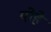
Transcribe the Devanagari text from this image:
योहे